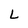
Character: L